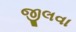
જીલવા